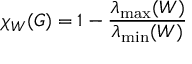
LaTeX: \chi _ { W } ( G ) = 1 - { \frac { \lambda _ { \operatorname* { m a x } } ( W ) } { \lambda _ { \operatorname* { m i n } } ( W ) } }